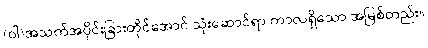
(ဝါ)အသက်အပိုင်းခြားတိုင်အောင် သုံးဆောင်ရာ ကာလရှိသော အမြစ်တည်း။